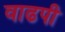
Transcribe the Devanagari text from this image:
वाढपी